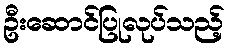
ဦးဆောင်ပြုလုပ်သည့်